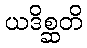
ယဒိစ္ဆတိ